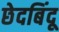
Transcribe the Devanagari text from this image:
छेदबिंदू